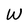
Character: W